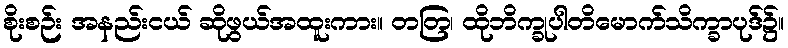
စိုးစဉ်း အနည်းငယ် ဆိုဖွယ်အထူးကား။ တတြ၊ ထိုဘိက္ခုပါတိမောက်သိက္ခာပုဒ်၌။